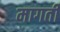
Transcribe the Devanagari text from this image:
मागती